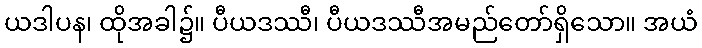
ယဒါပန၊ ထိုအခါ၌။ ပီယဒဿီ၊ ပီယဒဿီအမည်တော်ရှိသော။ အယံ